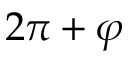
2 \pi + \varphi